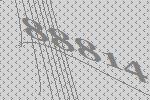
88814